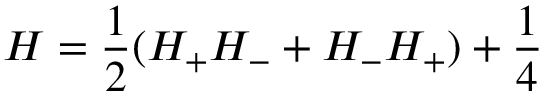
{ \cal H } = \frac { 1 } { 2 } ( H _ { + } H _ { - } + H _ { - } H _ { + } ) + \frac { 1 } { 4 }